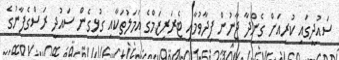
ސައުދީގައި ކުރިއަށް ގެންދާ ޖާނުން ފިދާވުމާއި ޓެރަރިޒަމްގެ އަމަލުތަކާއި ގުޅިގެން ސައުދީ ރަސްގެފާނުގެ